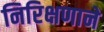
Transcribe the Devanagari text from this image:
निरिक्षणाने